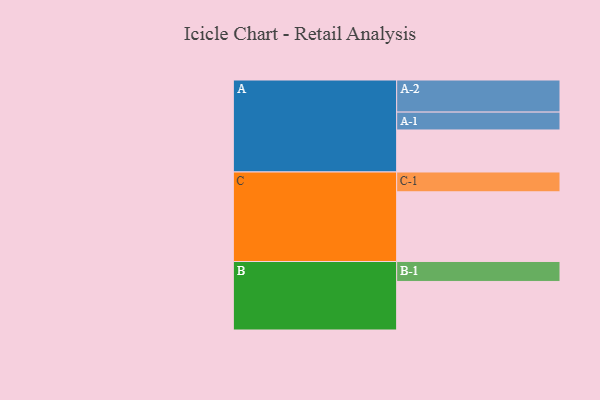
{"axis": {"x": "Segment", "y": "Value"}, "legend": ["", "A", "B", "C"], "data": [{"x": "A", "y": 322, "type": ""}, {"x": "B", "y": 372, "type": ""}, {"x": "C", "y": 534, "type": ""}, {"x": "A-1", "y": 137, "type": "A"}, {"x": "A-2", "y": 246, "type": "A"}, {"x": "B-1", "y": 153, "type": "B"}, {"x": "C-1", "y": 152, "type": "C"}]}